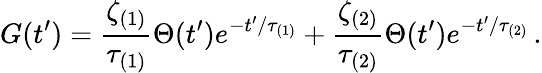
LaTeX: G(t^{\prime})=\frac{\zeta_{(1)}}{\tau_{(1)}}\Theta(t^{\prime})e^{-t^{\prime}/\tau_{(1)}}+\frac{\zeta_{(2)}}{\tau_{(2)}}\Theta(t^{\prime})e^{-t^{\prime}/\tau_{(2)}}\, .